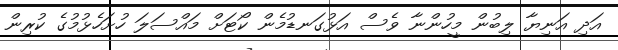
އަދި އަނިޔާ ލިބުން މީހުންނާ ވެސް އަޅުގަނޑުމެން ކޯޓަށް މައްސަލަ ހުށަހެޅުމުގެ ކުރިން